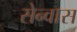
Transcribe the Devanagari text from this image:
सेन्वास